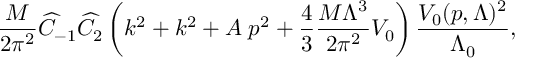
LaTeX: \frac { M } { 2 \pi ^ { 2 } } \widehat C _ { - 1 } \widehat C _ { 2 } \left( k ^ { 2 } + k ^ { 2 } + A \; p ^ { 2 } + \frac { 4 } { 3 } \frac { M \Lambda ^ { 3 } } { 2 \pi ^ { 2 } } V _ { 0 } \right) \frac { V _ { 0 } ( p , \Lambda ) ^ { 2 } } { \Lambda _ { 0 } } ,